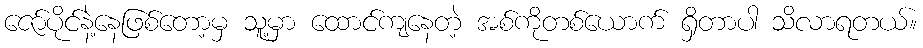
ဇော်ပိုင်နဲ့နေဖြစ်တော့မှ သူ့မှာ ထောင်ကျနေတဲ့ အစ်ကိုတစ်ယောက် ရှိတာပါ သိလာရတယ်။